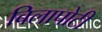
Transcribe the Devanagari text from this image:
बिलापोटी